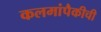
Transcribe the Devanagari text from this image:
कलमांपैकीची